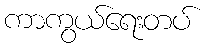
ကာကွယ်ရေးတပ်